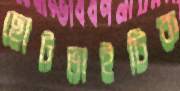
ছোটভাইটিক